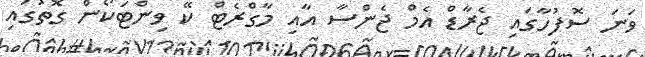
ވަނަ ސޮފުހާގައި ޖެރާޑް އެމް ޖެންސާ އާއި މާގްރެޓް ކޭ ވިންޓަކޯން ގޮތުގައި